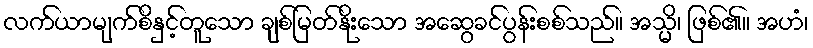
လက်ယာမျက်စိနှင့်တူသော ချစ်မြတ်နိုးသော အဆွေခင်ပွန်းစစ်သည်။ အသ္မိ၊ ဖြစ်၏။ အဟံ၊